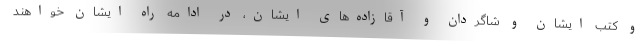
و کتب ایشان و شاگردان و آقازاده‌های ایشان، در ادامه راه ایشان خواهند